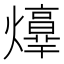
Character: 𤑴